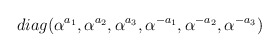
\begin{align*}diag (\alpha^{a_1}, \alpha^{a_2}, \alpha^{a_3}, \alpha^{-a_1}, \alpha^{-a_2}, \alpha^{-a_3})\end{align*}